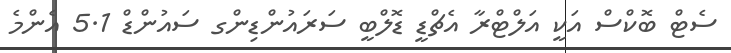
ސެޓް ބޮކްސް އަކީ އަލްޓްރާ އެޗްޑީ ޑޮލްބީ ސަރައުންޑިންގ ސައުންޑް 5.1 އެންމެ